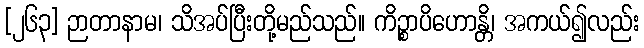
[၂၆၃] ဉာတာနာမ၊ သိအပ်ပြီးတို့မည်သည်။ ကိဉ္စာပိဟောန္တိ၊ အကယ်၍လည်း